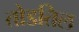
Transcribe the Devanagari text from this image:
तोडतिल